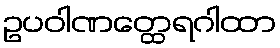
ဥပဝါဏတ္ထေရဂါထာ